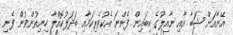
އޭނާއަށް ޝަބާ އާއި ނާއިލުގެ ކިބައިން ފެންނަ އެކުވެރިކަމާއި ބަދަލުކޮއްލާ ހިނިތުންވުން ފެނި